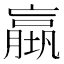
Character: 𡑤